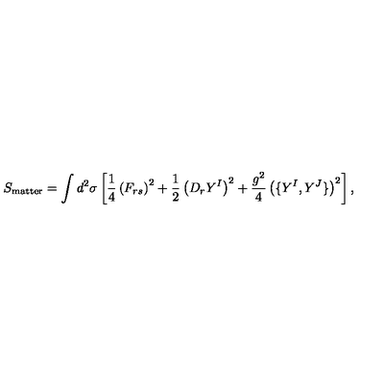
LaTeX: S _ { \mathrm { m a t t e r } } = \int d ^ { 2 } \sigma \left[ \frac { 1 } { 4 } \left( F _ { r s } \right) ^ { 2 } + \frac { 1 } { 2 } \left( D _ { r } Y ^ { I } \right) ^ { 2 } + \frac { g ^ { 2 } } { 4 } \left( \{ Y ^ { I } , Y ^ { J } \} \right) ^ { 2 } \right] ,